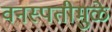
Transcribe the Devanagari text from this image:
वनस्पतीमुळे